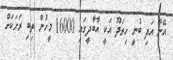
އޭނާ އަދި ބުނީ ހިތަދޫ އަކީ އާބާދީގައި 16000 މީހުން ތިބި ރަށަކަށް